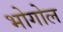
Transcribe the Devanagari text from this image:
भोगोल